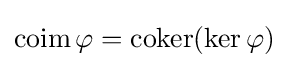
\operatorname {coim} \varphi =\operatorname {coker} (\ker \varphi )